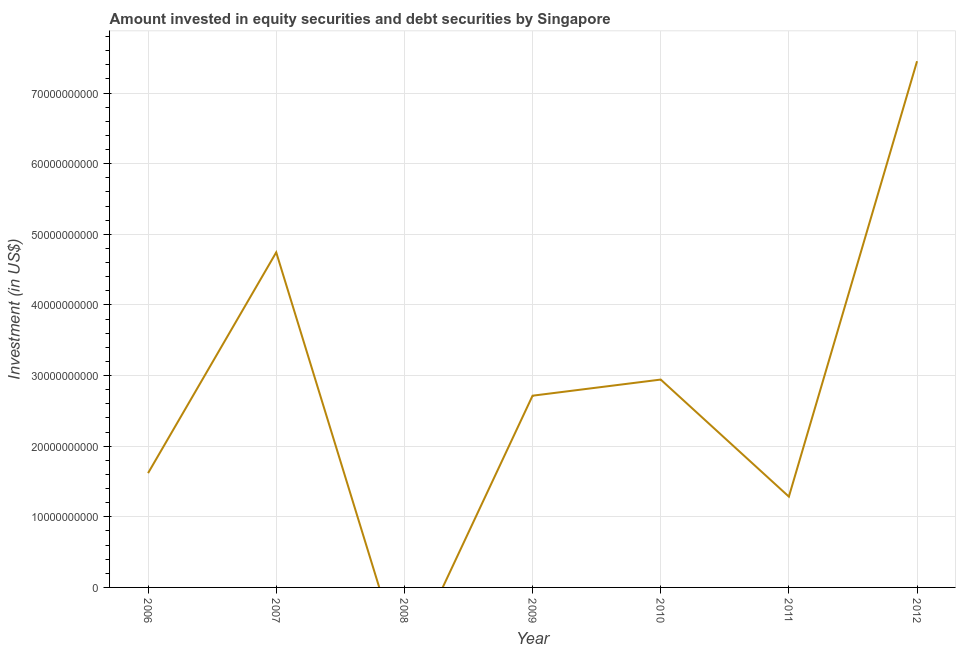
| Year | Portfolio Investment |
 | --- | --- |
 | 2006 | 1.62e+10 |
 | 2007 | 4.74e+10 |
 | 2008 | -1.16e+10 |
 | 2009 | 2.72e+10 |
 | 2010 | 2.94e+10 |
 | 2011 | 1.29e+10 |
 | 2012 | 7.45e+10 |